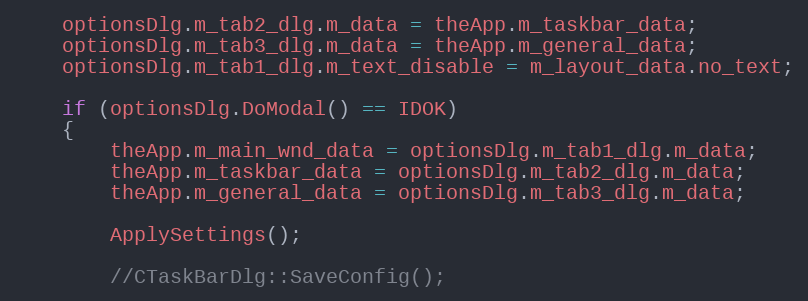
Language: C++
	optionsDlg.m_tab2_dlg.m_data = theApp.m_taskbar_data;
	optionsDlg.m_tab3_dlg.m_data = theApp.m_general_data;
	optionsDlg.m_tab1_dlg.m_text_disable = m_layout_data.no_text;

	if (optionsDlg.DoModal() == IDOK)
	{
		theApp.m_main_wnd_data = optionsDlg.m_tab1_dlg.m_data;
		theApp.m_taskbar_data = optionsDlg.m_tab2_dlg.m_data;
		theApp.m_general_data = optionsDlg.m_tab3_dlg.m_data;

		ApplySettings();

		//CTaskBarDlg::SaveConfig();